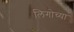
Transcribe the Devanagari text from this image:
लिगोच्या